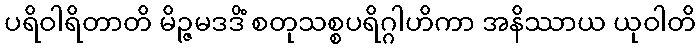
ပရိဝါရိတာတိ မိဉ္ဇမဒဒိံ စတုသစ္စပရိဂ္ဂါဟိကာ အနိဿာယ ယုဝါတိ